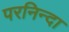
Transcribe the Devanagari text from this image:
परनिन्दा